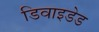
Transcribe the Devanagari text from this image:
डिवाइडेड